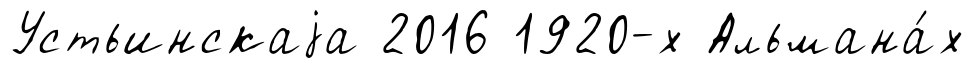
Устьинскаjа 2016 1920-х Альмана́х